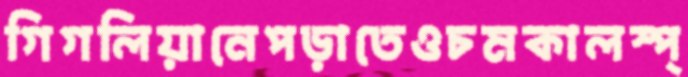
গিগলিয়ানেপড়াতেওচমকালস্প্